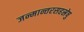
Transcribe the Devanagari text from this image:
जन्मान्तरसहस्रेषु